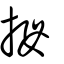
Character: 拇